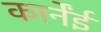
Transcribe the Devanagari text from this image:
कार्नेंई